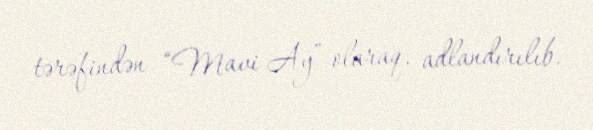
tərəfindən “Mavi Ay” olaraq, adlandırılıb.